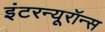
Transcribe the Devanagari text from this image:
इंटरन्यूरॉन्स